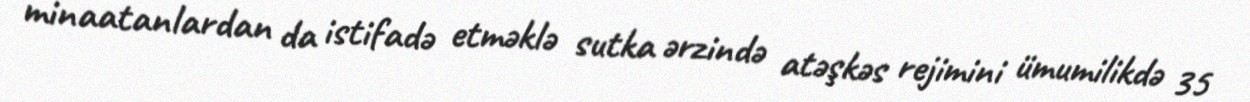
minaatanlardan da istifadə etməklə sutka ərzində atəşkəs rejimini ümumilikdə 35